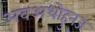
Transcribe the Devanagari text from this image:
अवअधोहुनज